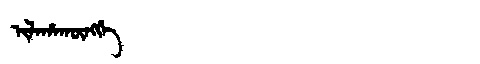
Manchu: ᡳᠯᠠᡥᠠᡴᡡᠩᡤᡝ
Romanization: ILAHAKŪNGGE